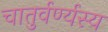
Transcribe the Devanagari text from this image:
चातुर्वर्ण्यस्य